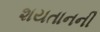
શયતાનની